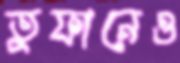
তুফানেও